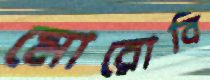
মোরোবি